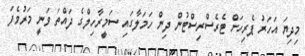
މިދިޔަ އަހަރު ޕެރިހަށް ޓެރެސްރިސްޓުން ދިން ހަމަލާގައި ސަމީރާހިލްގެ ދައްތަ ވަނީ މަރުވެފަ